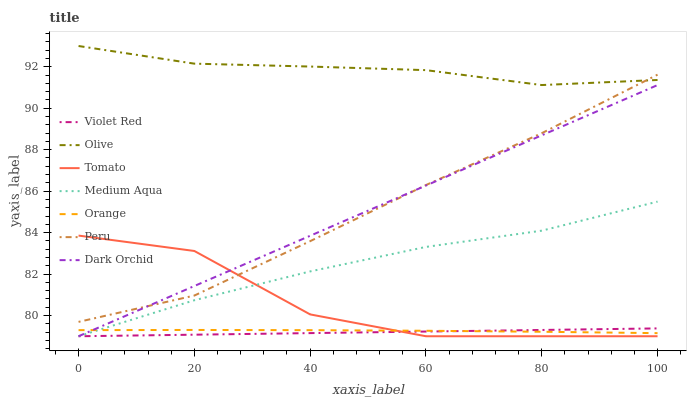
| xaxis_label | Violet Red | Olive | Tomato | Medium Aqua | Orange | Peru | Dark Orchid |
 | --- | --- | --- | --- | --- | --- | --- | --- |
 | 0 | 79 | 93 | 83.9 | 79 | 79.3 | 79.7 | 79 |
 | 20 | 79.1 | 92.1 | 83.1 | 80.7 | 79.3 | 81 | 81.4 |
 | 40 | 79.2 | 92 | 80.1 | 82.1 | 79.3 | 83.6 | 83.8 |
 | 60 | 79.2 | 91.8 | 79 | 83.3 | 79.3 | 86.3 | 86.3 |
 | 80 | 79.3 | 91.1 | 79 | 84.1 | 79.2 | 88.8 | 88.7 |
 | 100 | 79.4 | 91.4 | 79 | 85.5 | 79.1 | 91.6 | 91.1 |